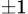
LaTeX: _{\pm 1}